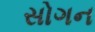
સોગન